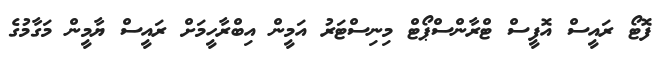
ފޮޓޯ ރައީސް އޮފީސް ޓްރާންސްޕޯޓް މިނިސްޓަރު އަމީން އިބްރާހީމަށް ރައީސް ޔާމީން މަގާމުގެ